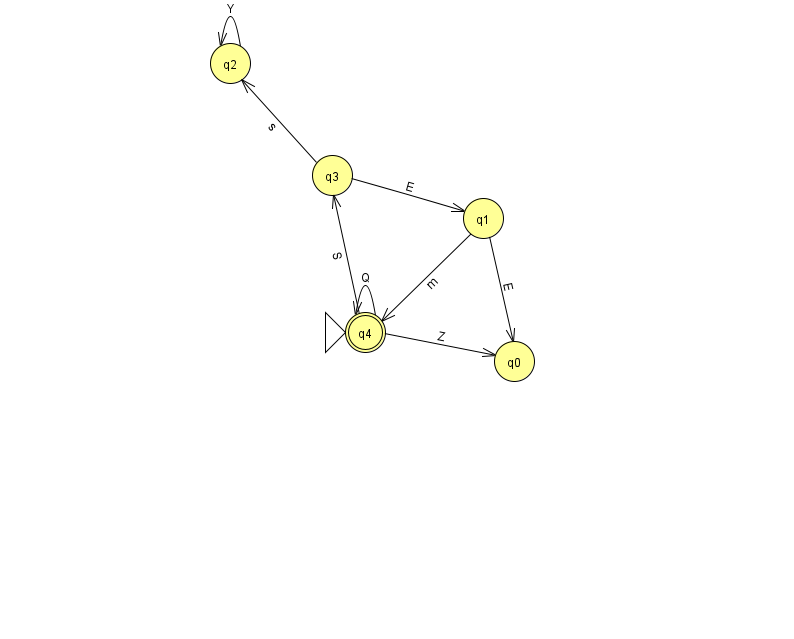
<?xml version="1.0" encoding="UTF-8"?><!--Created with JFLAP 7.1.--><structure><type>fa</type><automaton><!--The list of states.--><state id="0" name="q0"><x>514.0</x><y>348.0</y></state><state id="1" name="q1"><x>483.0</x><y>205.0</y></state><state id="2" name="q2"><x>230.0</x><y>50.0</y></state><state id="3" name="q3"><x>332.0</x><y>162.0</y></state><state id="4" name="q4"><x>365.0</x><y>319.0</y><initial/><final/></state><!--The list of transitions.--><transition><from>4</from><to>4</to><read>Q</read></transition><transition><from>1</from><to>4</to><read>m</read></transition><transition><from>3</from><to>2</to><read>s</read></transition><transition><from>4</from><to>0</to><read>Z</read></transition><transition><from>1</from><to>0</to><read>E</read></transition><transition><from>4</from><to>3</to><read>S</read></transition><transition><from>2</from><to>2</to><read>Y</read></transition><transition><from>3</from><to>1</to><read>E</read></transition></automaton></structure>